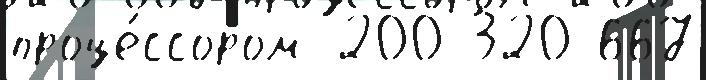
проце́ссором 200 320 667